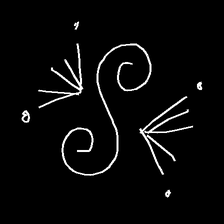
Glyph: aeroform